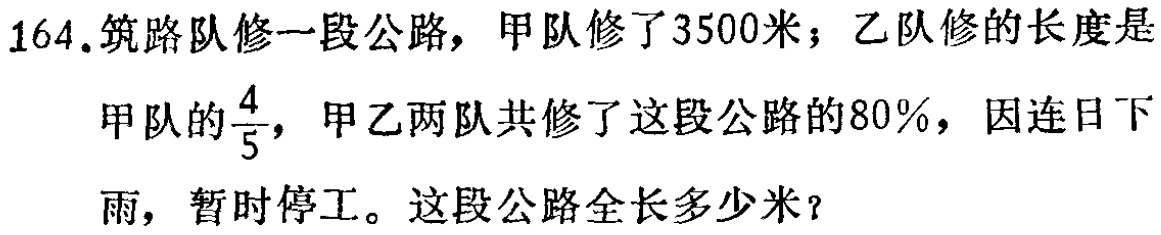
164.筑路队修一段公路，甲队修了3500米；乙队修的长度是

甲队的$\frac{4}{5}$，甲乙两队共修了这段公路的80%，因连日下

雨，暂时停工。这段公路全长多少米？